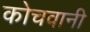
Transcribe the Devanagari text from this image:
कोचवानी